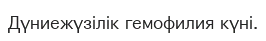
Дүниежүзілік гемофилия күні.